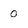
Character: 0